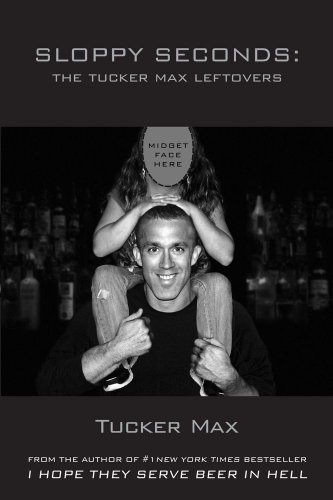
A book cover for Sloppy Seconds; Tucker Max; Humor & Entertainment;